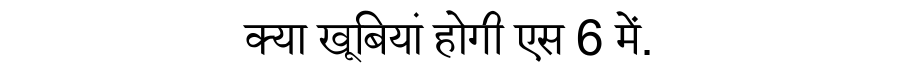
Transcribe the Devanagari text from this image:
क्या खूबियां होगी एस 6 में.